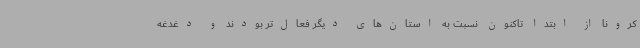
کرونا از ابتدا تاکنون نسبت به استان‌های دیگر فعال‌تر بودند و دغدغه